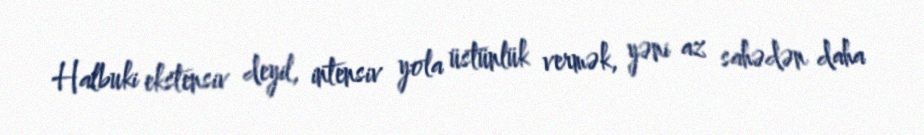
Halbuki ekstensiv deyil, intensiv yola üstünlük vermək, yəni az sahədən daha